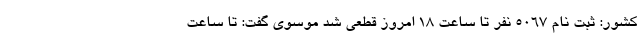
کشور: ثبت نام 5067 نفر تا ساعت 18 امروز قطعی شد موسوی گفت: تا ساعت